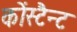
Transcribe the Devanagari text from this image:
कोंस्टैन्ट